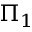
\Pi _ { 1 }